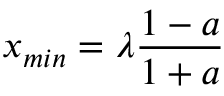
x _ { m i n } = \lambda \frac { 1 - a } { 1 + a }